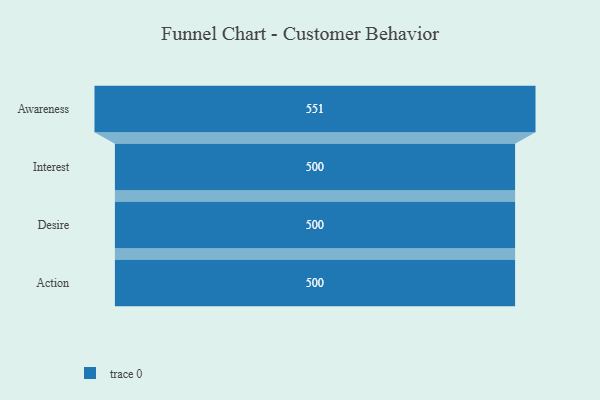
{"axis": {"x": "Stage", "y": "Value"}, "legend": [""], "data": [{"x": "Awareness", "y": 551.0, "type": ""}, {"x": "Interest", "y": 500, "type": ""}, {"x": "Desire", "y": 500, "type": ""}, {"x": "Action", "y": 500, "type": ""}]}